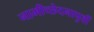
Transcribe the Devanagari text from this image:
नाभीच्छेदनापुर्वी